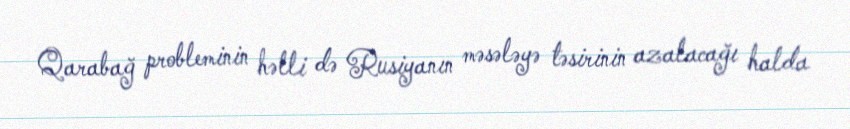
Qarabağ probleminin həlli də Rusiyanın məsələyə təsirinin azalacağı halda